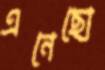
এনেছো